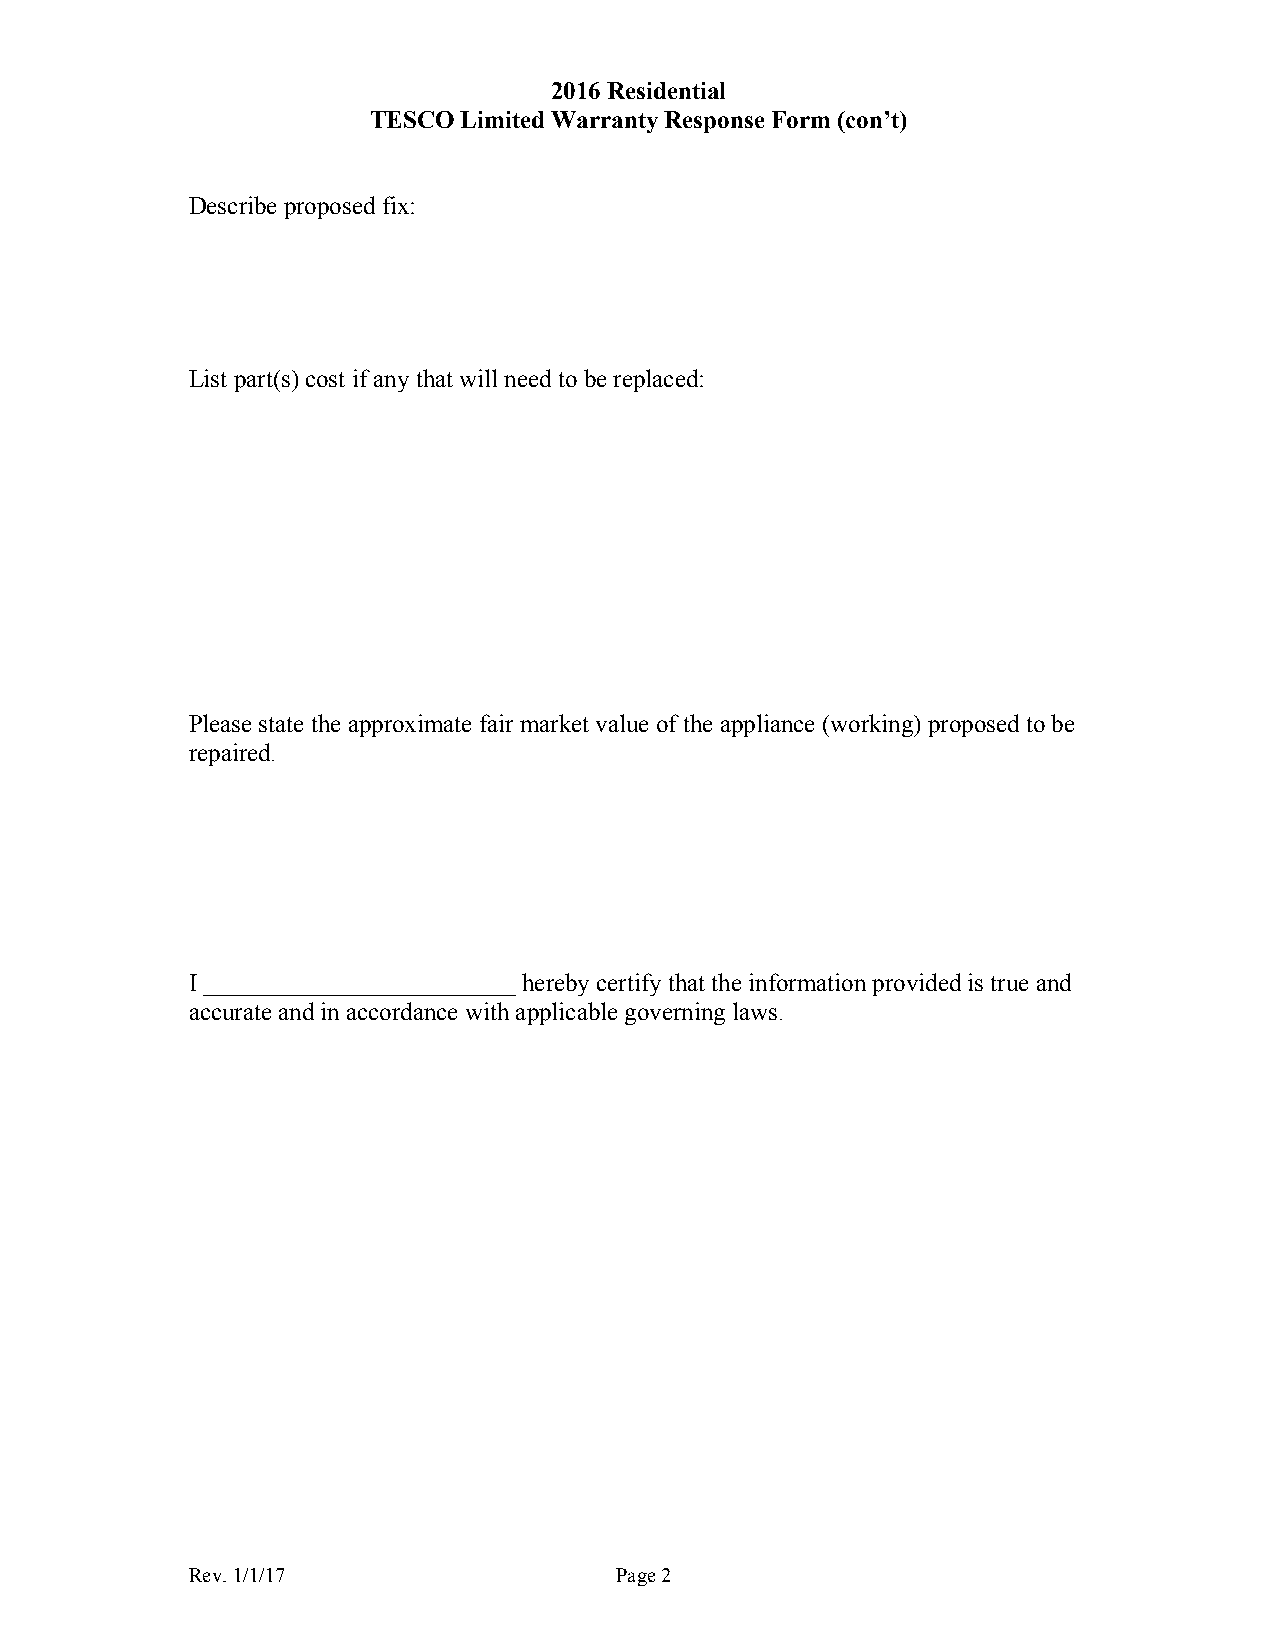
2016 Residential
 TESCO Limited Warranty Response Form (con’t)
 Describe proposed fix:
 List part(s) cost if any that will need to be replaced:
 Please state the approximate fair market value of the appliance (working) proposed to be
 repaired.
 I _________________________ hereby certify that the information provided is true and
 accurate and in accordance with applicable governing laws.
 Rev. 1/1/17                  Page 2